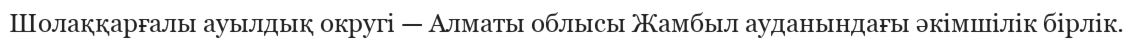
Шолаққарғалы ауылдық округі — Алматы облысы Жамбыл ауданындағы әкімшілік бірлік.